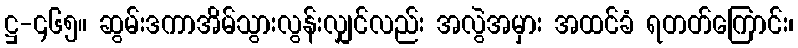
ဋ္ဌ-၄၆၅။ ဆွမ်းဒကာအိမ်သွားလွန်းလျှင်လည်း အလွဲအမှား အထင်ခံ ရတတ်ကြောင်း၊